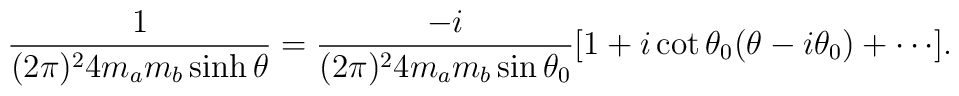
\frac{1}{(2\pi)^2 4m_am_b\sinh\theta}\nonumber=\frac{-i}{(2\pi)^2 4m_am_b\sin\theta_0}[1+i\cot\theta_0(\theta-i\theta_0)+\cdots].